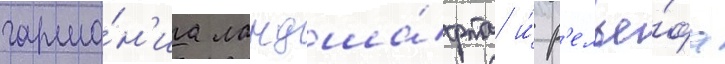
гармо́н'иа ландша́фта и́ р'елье́фа